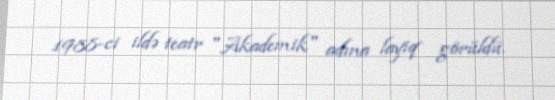
1988-ci ildə teatr "Akademik" adına layiq görüldü.